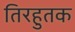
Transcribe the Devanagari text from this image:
तिरहुतक